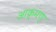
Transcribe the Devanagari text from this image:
आक्र्मण्